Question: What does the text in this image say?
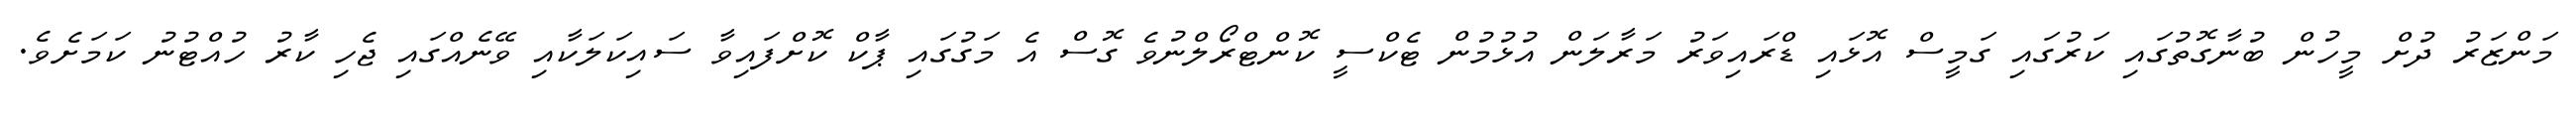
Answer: މަންޒަރު ދުށް މީހުން ބުނާގޮތުގައި ކަރުގައި ގަމީސް އޮޅައި ޑްރައިވަރު މަރާލަން އުޅުމުން ޓެކްސީ ކޮންޓްރޯލްނުވެ ގޮސް އެ މަގުގައި ޕާކް ކޮށްފައިވާ ސައިކަލަކާއި ވޭނެއްގައި ޖެހި ކާރު ހުއްޓުނު ކަމަށެވެ.